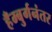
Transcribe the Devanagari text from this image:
हँम्बुर्गनंतर